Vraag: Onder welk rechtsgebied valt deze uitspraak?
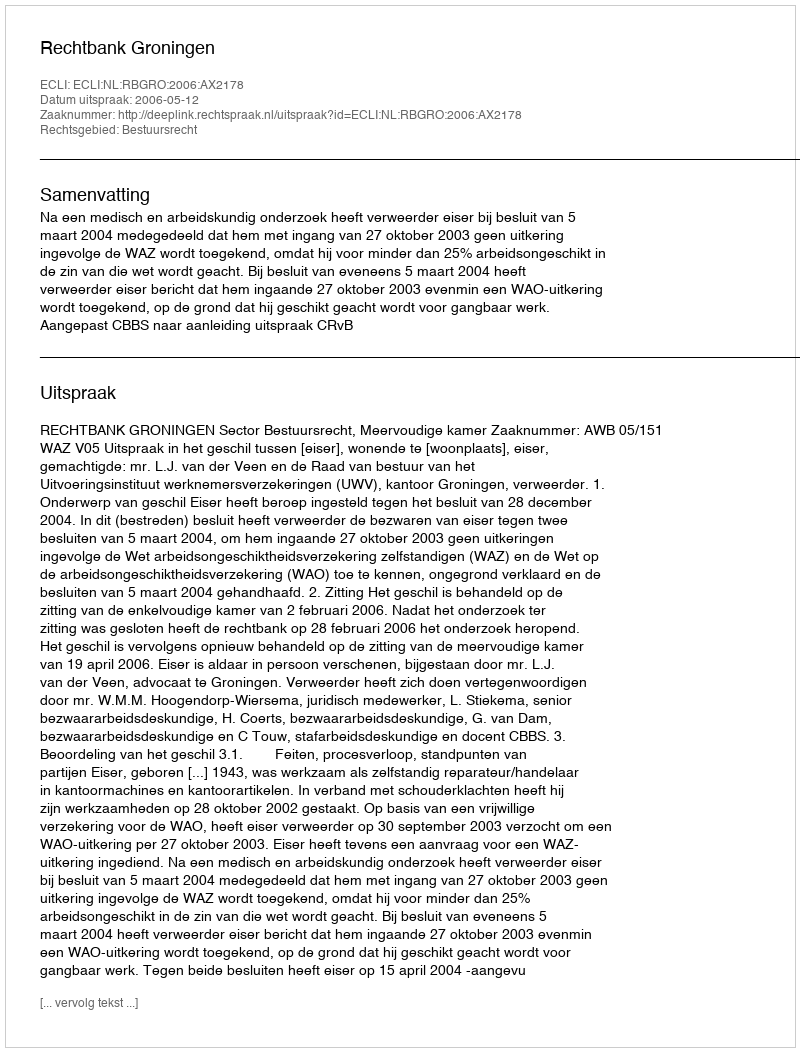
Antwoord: Bestuursrecht